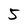
Character: 5